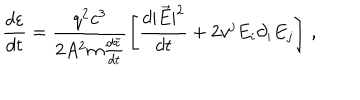
\frac { d \varepsilon } { d t } = \frac { q ^ { 2 } c ^ { 3 } } { 2 A ^ { 2 } m { \frac { d \tilde { \tau } } { d t } } } \left[ \frac { d | \vec { E } | ^ { 2 } } { d t } + 2 v ^ { j } E _ { i } \partial _ { i } E _ { j } \right] \, { , }